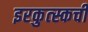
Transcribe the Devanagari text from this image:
इरकुत्स्कची